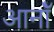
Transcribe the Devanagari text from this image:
आर्नॉ